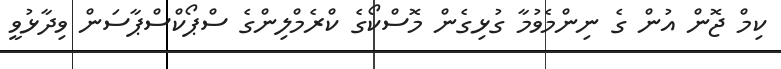
ކިމް ޖޮން އުން ގެ ނިންމެވުމާ ގުޅިގެން މޮސްކޯގެ ކްރެމްލިންގެ ސްޕޯކްސްޕާސަން ވިދާޅުވީ